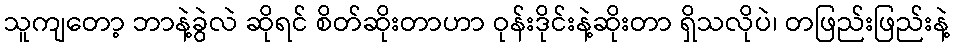
သူကျတော့ ဘာနဲ့ခွဲလဲ ဆိုရင် စိတ်ဆိုးတာဟာ ဝုန်းဒိုင်းနဲ့ဆိုးတာ ရှိသလိုပဲ၊ တဖြည်းဖြည်းနဲ့